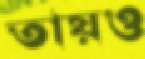
তায়ও